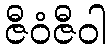
ဇီဝံဇီဝါ